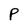
Character: P